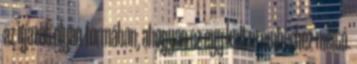
az igazat olyan formában, ahogyan ez egy kultúremberhez méltó.